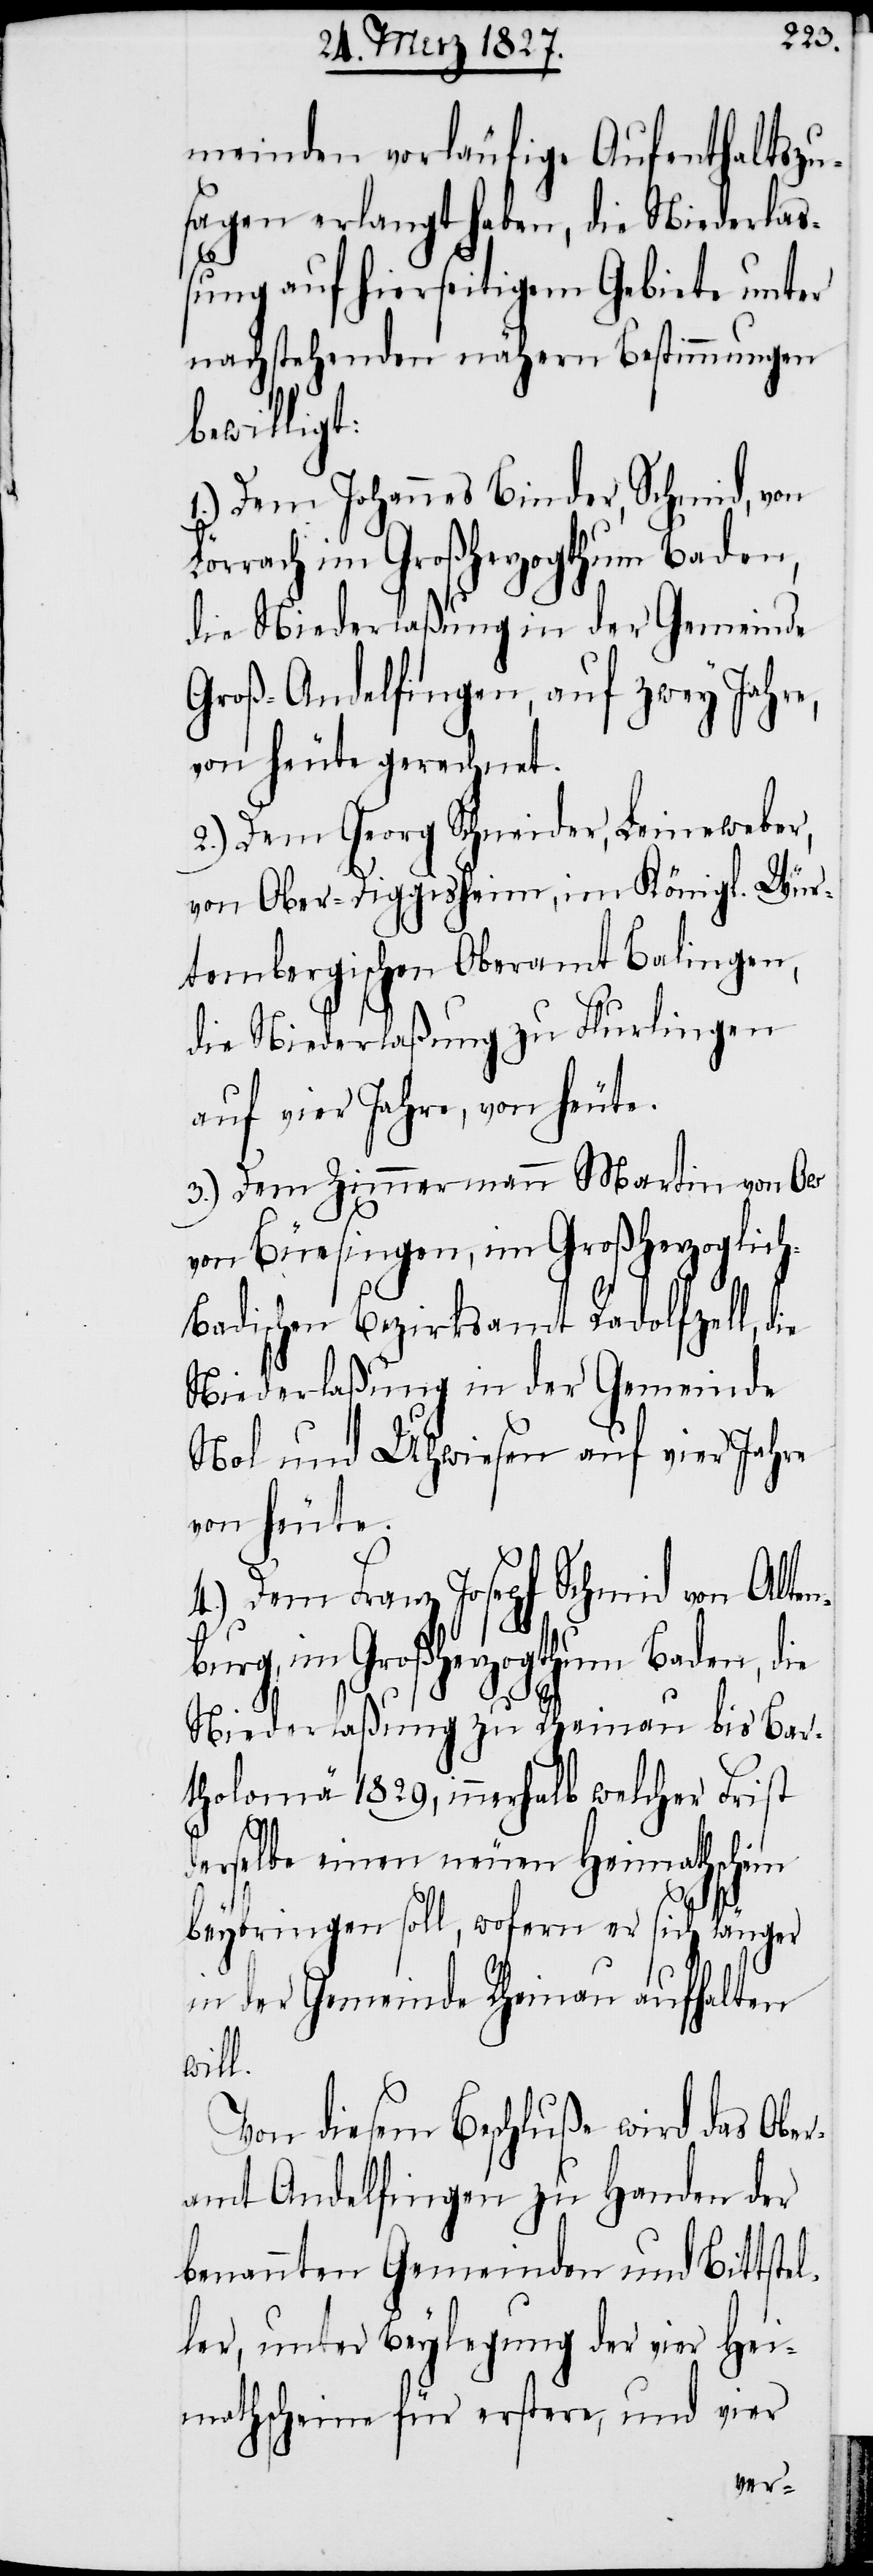
meinden vorläufige Aufenthaltszu¬
sagen erlangt haben, die Niederlaß¬
ung auf hierseitigem Gebiete unter
nachstehenden nähern Bestimmungen
bewilligt:
1.) Dem Johannes Binder, Schmid, von
örrach im Großherzogthum Baden,
die Niederlaßung in der Gemeinde
Groß-Andelfingen, auf zwey Jahre,
von heute gerechnet.
2.) Dem Georg Schneider, Leineweber,
von Ober-Diggisheim, im Königl. Wür¬
tembergischen Oberamt Balingen,
die Niederlaßung zu Flurlingen
auf vier Jahre, von heute.
3.) Dem Zimmermann Martin von Ow
von Büesingen, im Großherzoglic¬
h-Badischen Bezirksamt Radolfzell, die
Niederlaßung in der Gemeinde
Nol und Uhwiesen auf vier Jahre
von heute.
4.) Dem Franz Joseph Schmid von Alten¬
L¬
burg, im Großherzogthum Baden, die
Niederlaßung zu Rheinau bis Bar¬
tholomä 1829, innerhalb welcher Frist
derselbe einen neuen Heimathschein
beybringen soll, wofern er sich länger
in der Gemeinde Rheinau aufhalten
will.
Von diesem Beschluße wird das Ober¬
amt Andelfingen zu Handen der
benannten Gemeinden und Bittstel¬
ler, unter Beylegung der vier Hei¬
mathscheine für erstere, und vier